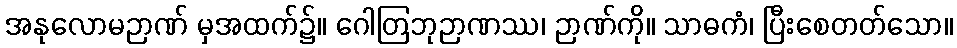
အနုလောမဉာဏ် မှအထက်၌။ ဂေါတြဘုဉာဏဿ၊ ဉာဏ်ကို။ သာဓကံ၊ ပြီးစေတတ်သော။